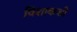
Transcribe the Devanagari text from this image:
विशाकशी